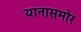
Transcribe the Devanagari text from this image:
यानासमोर